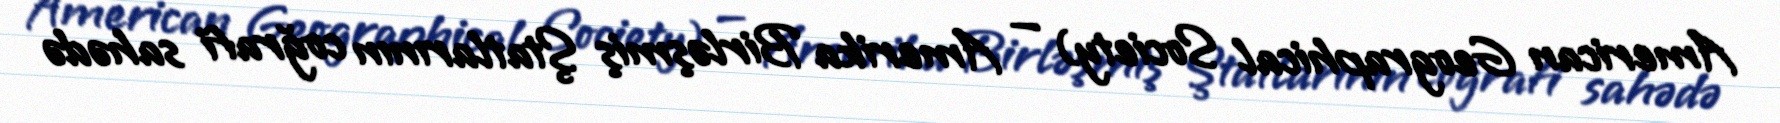
American Geographical Society) — Amerika Birləşmiş Ştatlarının coğrafi sahədə